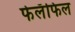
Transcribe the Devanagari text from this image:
फेलॅफिल